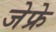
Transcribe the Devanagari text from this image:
जेफ्रे